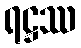
ရဋ္ဌဿ